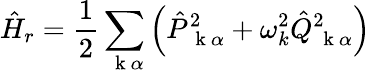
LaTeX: \hat{H}_{r}=\frac{1}{2}\sum_{\mathrm{~\mathbf~k~}\alpha}\left(\hat{P}_{\mathrm{~\mathbf~k~}\alpha}^{2}+\omega_{k}^{2}\hat{Q}_{\mathrm{~\mathbf~k~}\alpha}^{2}\right)